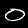
Label: 0